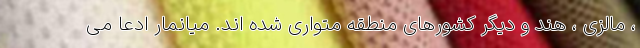
، مالزی ، هند و دیگر کشورهای منطقه متواری شده اند. میانمار ادعا می